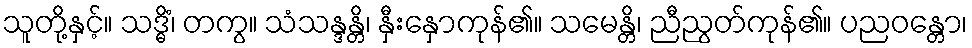
သူတို့နှင့်။ သဒ္ဓိံ၊ တကွ။ သံသန္ဒန္တိ၊ နှီးနှောကုန်၏။ သမေန္တိ၊ ညီညွတ်ကုန်၏။ ပညဝန္တော၊